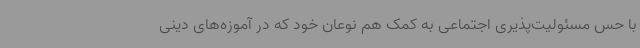
با حس مسئولیت‌پذیری اجتماعی به کمک هم نوعان خود که در آموزه‌های دینی